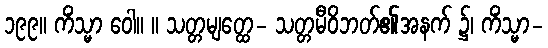
၁၉၉။ ကိံသ္မာ ဝေါ။ ။ သတ္တမျတ္ထေ- သတ္တမီဝိဘတ်၏အနက် ၌၊ ကိံသ္မာ-